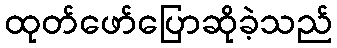
ထုတ်ဖော်ပြောဆိုခဲ့သည်